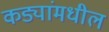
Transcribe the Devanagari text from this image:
कड्यांमधील